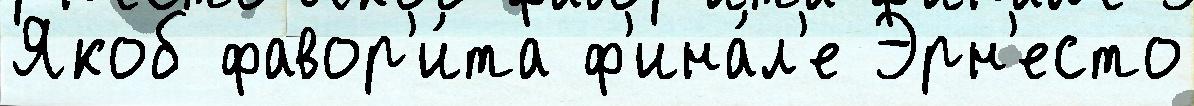
Якоб фавор'и́та ф'ина́л'е Эрн'есто